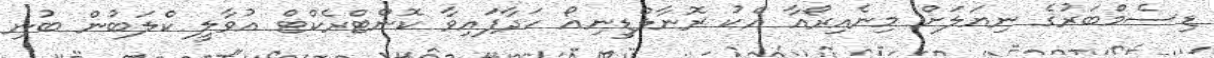
ޑިސެމްބަރުގެ ނިޔަލަށް މިނެއިރޯއާ އެކު ރޮނާލްޑީނިއޯ ހަދާފައިވާ ކޮންޓްރެކްޓް އުވާލީ ކްލަބުން ބުނި